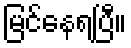
မြင်နေရပြီ။